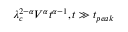
\lambda _ { c } ^ { 2 - \alpha } V ^ { \alpha } t ^ { \alpha - 1 } , t \gg t _ { p e a k }